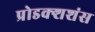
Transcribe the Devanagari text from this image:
प्रोडक्शशंस